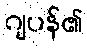
ဂျပန်၏